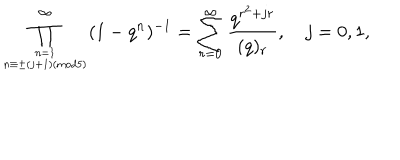
\displaystyle \prod _ { n = 1 \atop n \equiv \pm ( j + 1 ) ( \mathrm { m o d } 5 ) } ^ { \infty } ( 1 - q ^ { n } ) ^ { - 1 } = \displaystyle \sum _ { r = 0 } ^ { \infty } \frac { q ^ { r ^ { 2 } + j r } } { ( q ) _ { r } } , ~ j = 0 , 1 ,